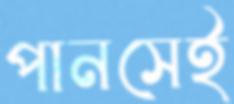
পানসেই